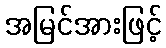
အမြင်အားဖြင့်